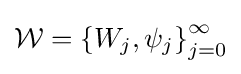
{\mathcal {W}}=\left\{W_{j},\psi _{j}\right\}_{j=0}^{\infty }